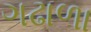
ગઢાળા